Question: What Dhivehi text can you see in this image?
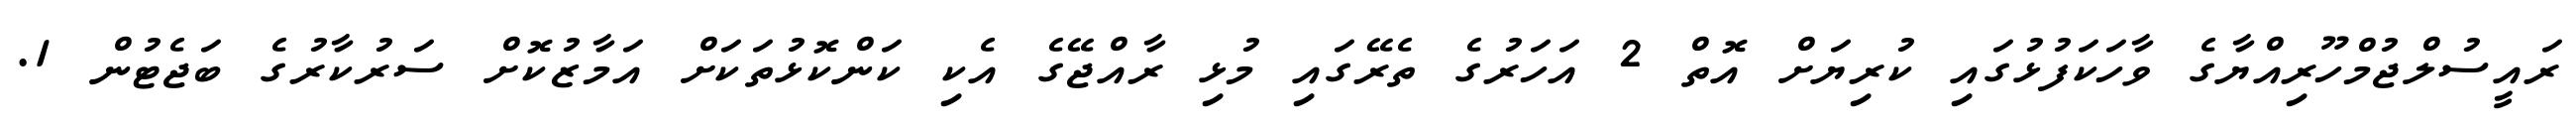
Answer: ރައީސުލްޖުމްހޫރިއްޔާގެ ވާހަކަފުޅުގައި ކުރިޔަށް އޮތް 2 އަހަރުގެ ތެރޭގައި މުޅި ރާއްޖޭގެ އެކި ކަންކޮޅުތަކަށް އަމާޒުކޮށް ސަރުކާރުގެ ބަޖެޓުން 1.